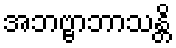
အဘဗ္ဗာဘာသန္တိ